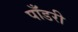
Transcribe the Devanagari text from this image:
पाँडरी